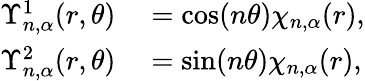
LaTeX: \begin{array}{rl}{\Upsilon_{n,\alpha}^{1}(r,\theta)}&{{}=\cos(n\theta)\chi_{n,\alpha}(r),}\\ {\Upsilon_{n,\alpha}^{2}(r,\theta)}&{{}=\sin(n\theta)\chi_{n,\alpha}(r),}\end{array}